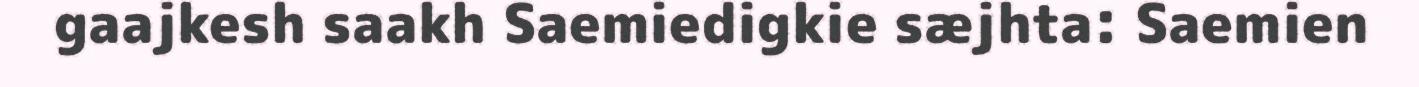
gaajkesh saakh Saemiedigkie sæjhta: Saemien